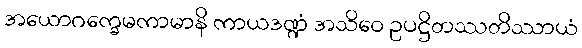
အယောဂက္ခေမကာမာနိ ကာယဒဏ္ဍံ အသိဝေ ဥပဋ္ဌိတဿတိဿာယံ